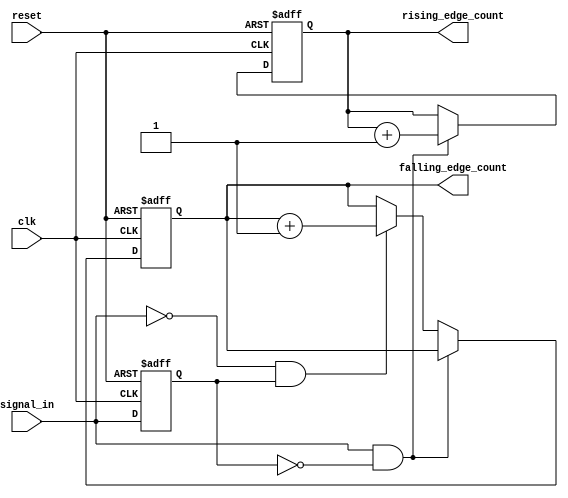
module edge_counter (
    input wire clk,                // Clock signal
    input wire reset,              // Active high reset signal
    input wire signal_in,          // Input signal for edge detection
    output reg [31:0] rising_edge_count,  // Count of rising edges
    output reg [31:0] falling_edge_count  // Count of falling edges
);

    reg prev_signal;               // Register to hold the previous state of signal_in

    always @(posedge clk or posedge reset) begin
        if (reset) begin
            // Reset counts to zero
            rising_edge_count <= 0;
            falling_edge_count <= 0;
            prev_signal <= 0;      // Initialize previous signal state
        end else begin
            // Edge detection logic
            if (signal_in && !prev_signal) begin
                // Rising edge detected
                rising_edge_count <= rising_edge_count + 1;
            end else if (!signal_in && prev_signal) begin
                // Falling edge detected
                falling_edge_count <= falling_edge_count + 1;
            end
            // Update previous signal state
            prev_signal <= signal_in;
        end
    end

endmodule